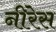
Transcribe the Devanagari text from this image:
नीरेस